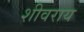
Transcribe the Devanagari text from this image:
शीवराय